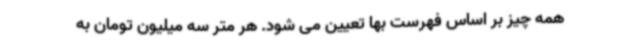
همه چیز بر اساس فهرست بها تعیین می شود. هر متر سه میلیون تومان به